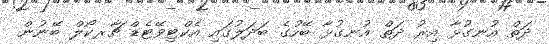
ދަތް އުނގުޅާ އިރު ދަތް އުނގުޅާ ބޭހުގެ ބަދަލުގައި އެކްޓިވޭޓެޑް ޗާރކޯލް ބޭނުން